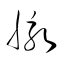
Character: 脉